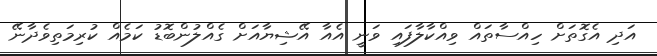
އަދި އެގޮތަށް ހިއްސާތައް ވިއްކާލާފައި ވަނީ އެއާ އޭޝިޔާއަށް ގެއްލުންބޮޑު ކަމެއް ކުރިމަތިވެދާނޭ